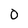
Character: O